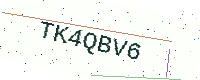
Text: TK4QBV6